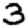
Digit: 3